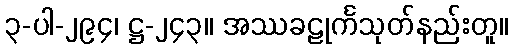
၃-ပါ-၂၉၄၊ ဋ္ဌ-၂၄၃။ အဿခဠုင်္ကသုတ်နည်းတူ။